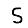
Digit: 5